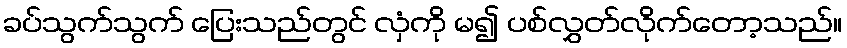
ခပ်သွက်သွက် ပြေးသည်တွင် လှံကို မ၍ ပစ်လွှတ်လိုက်တော့သည်။